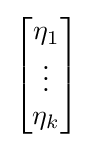
{\begin{bmatrix}\eta _{1}\\\vdots \\\eta _{k}\end{bmatrix}}